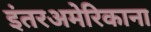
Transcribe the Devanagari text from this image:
इंतरअमेरिकाना